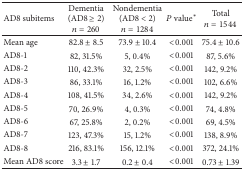
| AD8 subitems | Dementia(AD8 ≥ 2)n = 260 | Nondementia(AD8 < 2)n = 1284 | P value* | Totaln = 1544 |
 | --- | --- | --- | --- | --- |
 | Mean age | 82.8 ± 8.5 | 73.9 ± 10.4 | <0.001 | 75.4 ± 10.6 |
 | AD8-1 | 82, 31.5% | 5, 0.4% | <0.001 | 87, 5.6% |
 | AD8-2 | 110, 42.3% | 32, 2.5% | <0.001 | 142, 9.2% |
 | AD8-3 | 86, 33.1% | 16, 1.2% | <0.001 | 102, 6.6% |
 | AD8-4 | 108, 41.5% | 34, 2.6% | <0.001 | 142, 9.2% |
 | AD8-5 | 70, 26.9% | 4, 0.3% | <0.001 | 74, 4.8% |
 | AD8-6 | 67, 25.8% | 2, 0.2% | <0.001 | 69, 4.5% |
 | AD8-7 | 123, 47.3% | 15, 1.2% | <0.001 | 138, 8.9% |
 | AD8-8 | 216, 83.1% | 156, 12.1% | <0.001 | 372, 24.1% |
 | Mean AD8 score | 3.3 ± 1.7 | 0.2 ± 0.4 | <0.001 | 0.73 ± 1.39 |